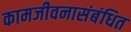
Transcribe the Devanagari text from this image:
कामजीवनासंबंधित